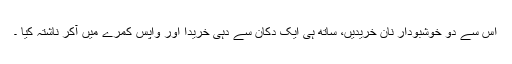
اس سے دو خوشبودار نان خریدیں، ساتھ ہی ایک دکان سے دہی خریدا اور واپس کمرے میں آکر ناشتہ کیا ۔